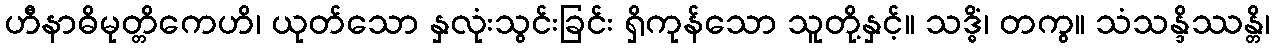
ဟီနာဓိမုတ္တိကေဟိ၊ ယုတ်သော နှလုံးသွင်းခြင်း ရှိကုန်သော သူတို့နှင့်။ သဒ္ဓိံ၊ တကွ။ သံသန္ဒိဿန္တိ၊